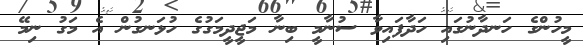
މީހުންގެ ހަނދާނުގައި ހަދާފައިވާ ސުނާމީ ބިނާ މަޖީދީމަގުގެ ހުޅަނގުން އެ މަގު ނިމޭ